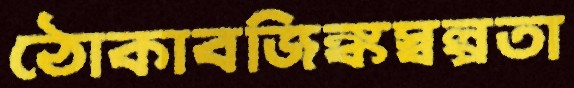
ঠোকাবজিঙ্কস্বল্পতা